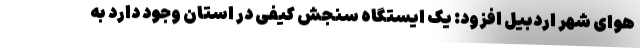
هوای شهر اردبیل افزود: یک ایستگاه سنجش کیفی در استان وجود دارد به